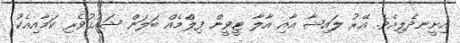
އިށީނދެލިއެވެ. އޭރު ލައިޝާ އާއި އާލާ ޓީވީން ފިލްމެއް ބަލަން ޝައުޤުވެރި ކަމާއިއެކު